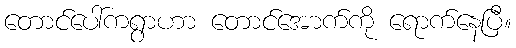
တောင်ပေါ်ကရွာဟာ တောင်အောက်ကို ရောက်နေပြီ။